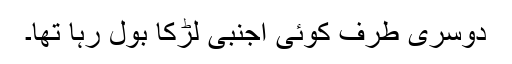
دوسری طرف کوئی اجنبی لڑکا بول رہا تھا۔